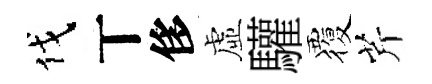
伐丅侈虛驩覆芹